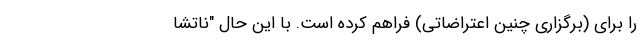
را برای (برگزاری چنین اعتراضاتی) فراهم کرده است. با این حال "ناتشا